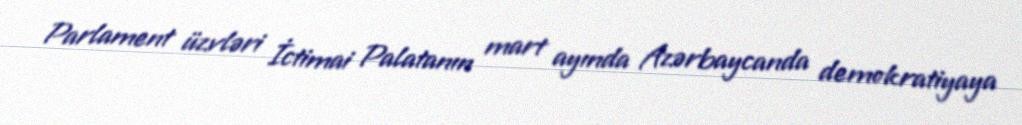
Parlament üzvləri İctimai Palatanın mart ayında Azərbaycanda demokratiyaya